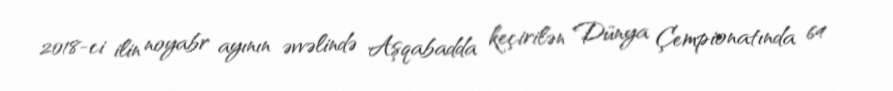
2018-ci ilin noyabr ayının əvvəlində Aşqabadda keçirilən Dünya Çempionatında 64